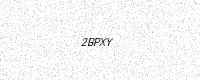
Text: 2BPXY